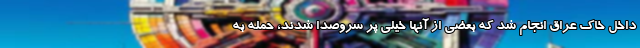
داخل خاک عراق انجام شد که بعضی از آنها خیلی پر سروصدا شدند، حمله به